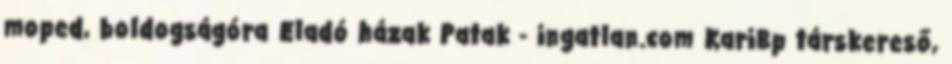
moped, boldogságóra Eladó házak Patak - ingatlan.com KariBp társkereső,